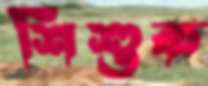
শিশুক